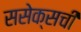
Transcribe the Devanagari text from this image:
ससेक्सची